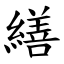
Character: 繕